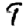
Digit: 9